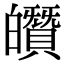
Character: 𤾶